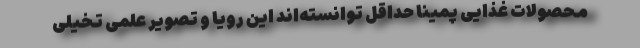
محصولات غذایی پمینا حداقل توانسته‌اند این رویا و تصویر علمی تخیلی